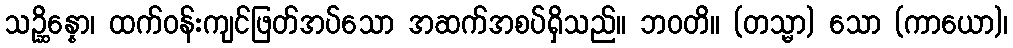
သဉ္ဆိန္နော၊ ထက်ဝန်းကျင်ဖြတ်အပ်သော အဆက်အစပ်ရှိသည်။ ဘဝတိ။ (တသ္မာ) သော (ကာယော)၊